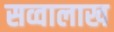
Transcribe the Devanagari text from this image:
सव्वालाख